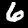
Digit: 6